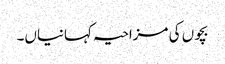
بچوں کی مزاحیہ کہانیاں۔